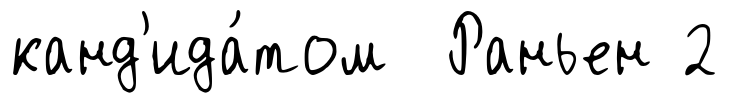
канд'ида́том Раньен 2